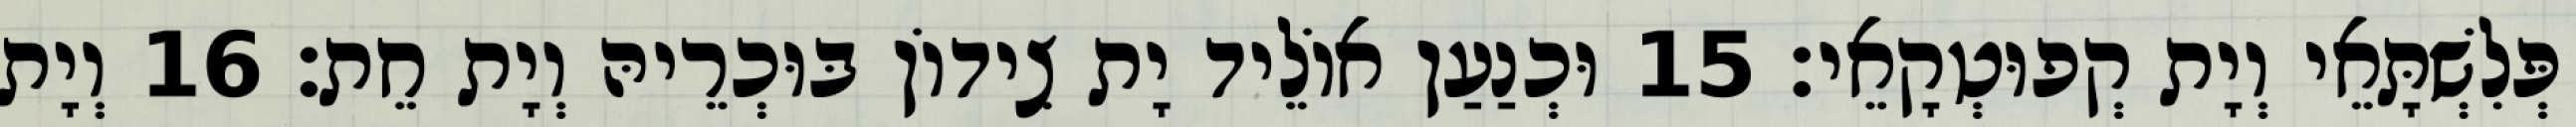
פְּלִשְׁתָּאֵי וְיָת קְפוּטְקָאֵי׃ 15 וּכְנַעַן אוֹלֵיד יָת צִידוֹן בּוּכְרֵיהּ וְיָת חֵת׃ 16 וְיָת